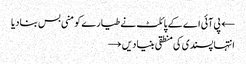
← پی آئی اے کے پائلٹ نے طیارے کو منی بس بنادیا
انتہا پسندی کی منطقی بنیادیں →